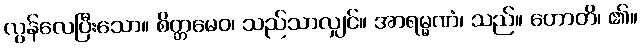
လွန်လေပြီးသော။ စိတ္တမေဝ၊ သည်သာလျှင်။ အာရမ္မဏံ၊ သည်။ ဟောတိ၊ ၏။